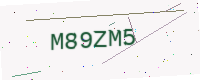
Text: M89ZM5